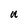
Character: U